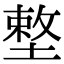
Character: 𡏴